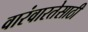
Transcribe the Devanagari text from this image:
वारंवारतेसाठी